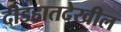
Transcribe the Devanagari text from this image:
दीडहातदेखील